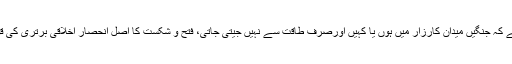
یہ بھی یاد رہے کہ جنگیں میدان کارزار میں ہوں یا کہیں اورصرف طاقت سے نہیں جیتی جاتی، فتح و شکست کا اصل انحصار اخلاقی برتری کی قوت پرہوتاہے۔